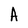
Character: A